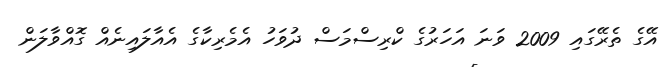
އޭގެ ތެރޭގައި 2009 ވަނަ އަހަރުގެ ކްރިސްމަސް ދުވަހު އެމެރިކާގެ އެއާލައިނެއް ގޮއްވާލަން